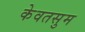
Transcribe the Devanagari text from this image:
केवतसुम